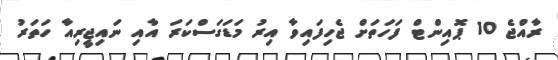
ރާއްޖެ 10 ޕޮއިންޓް ފަހަތަށް ޖެހިފައިވާ އިރު މަޑަގަސްކަރަ އާއި ނައިޖީރިއާ ހަތަރު